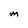
Character: m